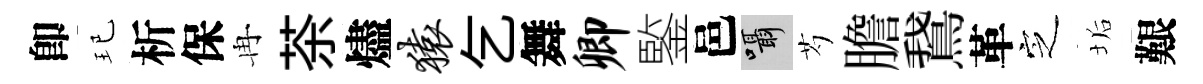
卽玘析保冉茶燼猿乞舞卿鍳邑囁芍膽鵞革㝎垢艱